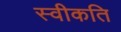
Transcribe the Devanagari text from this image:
स्वीकति